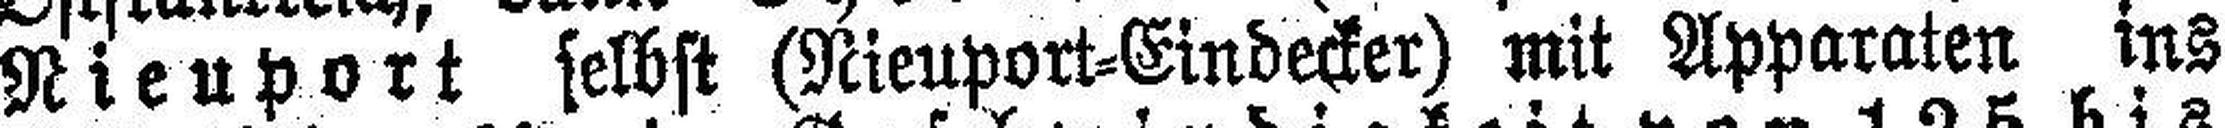
Nieuport selbst (Nieuport=Eindecker) mit Apparaten ins